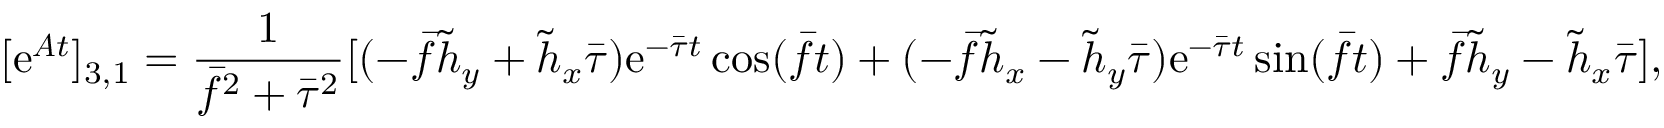
[ \mathrm { e } ^ { \boldsymbol { A } t } ] _ { 3 , 1 } = \frac { 1 } { \bar { f } ^ { 2 } + \bar { \tau } ^ { 2 } } [ ( - \bar { f } \tilde { h } _ { y } + \tilde { h } _ { x } \bar { \tau } ) \mathrm { e } ^ { - \bar { \tau } t } \cos ( \bar { f } t ) + ( - \bar { f } \tilde { h } _ { x } - \tilde { h } _ { y } \bar { \tau } ) \mathrm { e } ^ { - \bar { \tau } t } \sin ( \bar { f } t ) + \bar { f } \tilde { h } _ { y } - \tilde { h } _ { x } \bar { \tau } ] ,